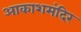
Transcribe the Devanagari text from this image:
आकाशमंदिर